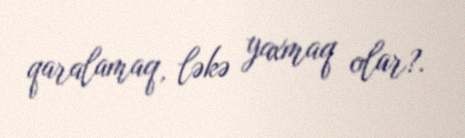
qaralamaq, ləkə yaxmaq olar?.